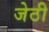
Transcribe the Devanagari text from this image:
जेठी